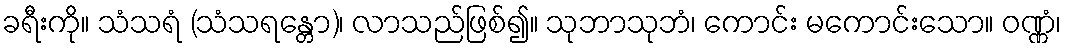
ခရီးကို။ သံသရံ (သံသရန္တော)၊ လာသည်ဖြစ်၍။ သုဘာသုဘံ၊ ကောင်း မကောင်းသော။ ဝဏ္ဏံ၊